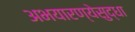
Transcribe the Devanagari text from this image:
अभयारण्येसुद्धा